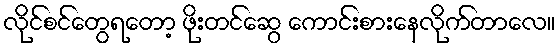
လိုင်စင်တွေရတော့ ဖိုးတင်ဆွေ ကောင်းစားနေလိုက်တာလေ။